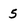
Character: 5